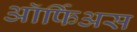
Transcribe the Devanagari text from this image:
ऑर्फिअस